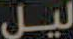
لیل